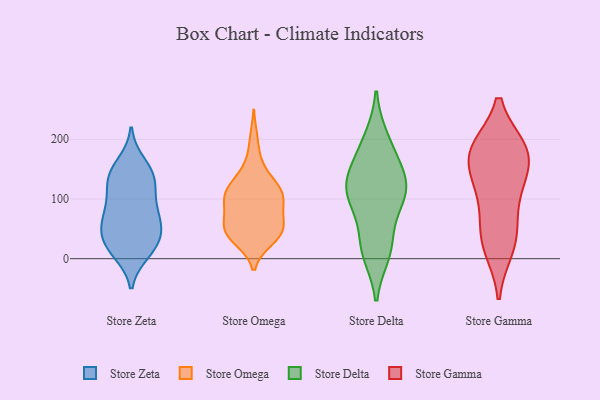
{"axis": {"x": "Budget (USD K)", "y": "Value"}, "legend": ["Store Delta", "Store Gamma", "Store Omega", "Store Zeta"], "data": [{"x": "", "y": 56, "type": "Store Zeta"}, {"x": "", "y": 20, "type": "Store Zeta"}, {"x": "", "y": 21, "type": "Store Zeta"}, {"x": "", "y": 134, "type": "Store Zeta"}, {"x": "", "y": 141, "type": "Store Zeta"}, {"x": "", "y": 53, "type": "Store Zeta"}, {"x": "", "y": 137, "type": "Store Zeta"}, {"x": "", "y": 159, "type": "Store Zeta"}, {"x": "", "y": 46, "type": "Store Zeta"}, {"x": "", "y": 96, "type": "Store Zeta"}, {"x": "", "y": 95, "type": "Store Zeta"}, {"x": "", "y": 132, "type": "Store Zeta"}, {"x": "", "y": 11, "type": "Store Zeta"}, {"x": "", "y": 77, "type": "Store Zeta"}, {"x": "", "y": 22, "type": "Store Zeta"}, {"x": "", "y": 63, "type": "Store Zeta"}, {"x": "", "y": 109, "type": "Store Omega"}, {"x": "", "y": 84, "type": "Store Omega"}, {"x": "", "y": 116, "type": "Store Omega"}, {"x": "", "y": 47, "type": "Store Omega"}, {"x": "", "y": 36, "type": "Store Omega"}, {"x": "", "y": 102, "type": "Store Omega"}, {"x": "", "y": 33, "type": "Store Omega"}, {"x": "", "y": 140, "type": "Store Omega"}, {"x": "", "y": 198, "type": "Store Omega"}, {"x": "", "y": 45, "type": "Store Omega"}, {"x": "", "y": 107, "type": "Store Omega"}, {"x": "", "y": 102, "type": "Store Omega"}, {"x": "", "y": 153, "type": "Store Omega"}, {"x": "", "y": 41, "type": "Store Omega"}, {"x": "", "y": 105, "type": "Store Omega"}, {"x": "", "y": 70, "type": "Store Omega"}, {"x": "", "y": 55, "type": "Store Omega"}, {"x": "", "y": 45, "type": "Store Omega"}, {"x": "", "y": 114, "type": "Store Omega"}, {"x": "", "y": 60, "type": "Store Omega"}, {"x": "", "y": 23, "type": "Store Delta"}, {"x": "", "y": 143, "type": "Store Delta"}, {"x": "", "y": 186, "type": "Store Delta"}, {"x": "", "y": 88, "type": "Store Delta"}, {"x": "", "y": 21, "type": "Store Delta"}, {"x": "", "y": 200, "type": "Store Delta"}, {"x": "", "y": 148, "type": "Store Delta"}, {"x": "", "y": 116, "type": "Store Delta"}, {"x": "", "y": 106, "type": "Store Delta"}, {"x": "", "y": 10, "type": "Store Delta"}, {"x": "", "y": 118, "type": "Store Delta"}, {"x": "", "y": 110, "type": "Store Delta"}, {"x": "", "y": 184, "type": "Store Gamma"}, {"x": "", "y": 119, "type": "Store Gamma"}, {"x": "", "y": 46, "type": "Store Gamma"}, {"x": "", "y": 131, "type": "Store Gamma"}, {"x": "", "y": 183, "type": "Store Gamma"}, {"x": "", "y": 179, "type": "Store Gamma"}, {"x": "", "y": 23, "type": "Store Gamma"}, {"x": "", "y": 129, "type": "Store Gamma"}, {"x": "", "y": 17, "type": "Store Gamma"}, {"x": "", "y": 67, "type": "Store Gamma"}, {"x": "", "y": 181, "type": "Store Gamma"}, {"x": "", "y": 181, "type": "Store Gamma"}]}